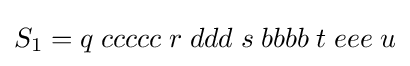
S_{1}=q\;ccccc\;r\;ddd\;s\;bbbb\;t\;eee\;u